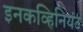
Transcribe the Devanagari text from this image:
इनकव्हिनियंट